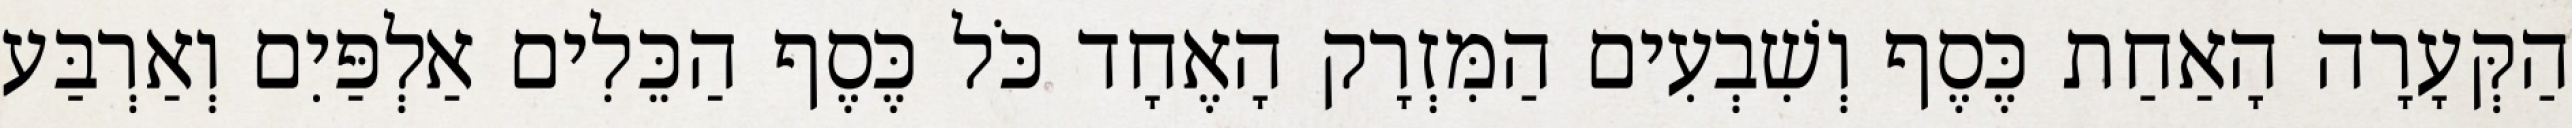
הַקְּעָרָה הָאַחַת כֶּסֶף וְשִׁבְעִים הַמִּזְרָק הָאֶחָד כֹּל כֶּסֶף הַכֵּלִים אַלְפַּיִם וְאַרְבַּע